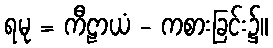
ရမု = ကီဠာယံ - ကစားခြင်း၌။